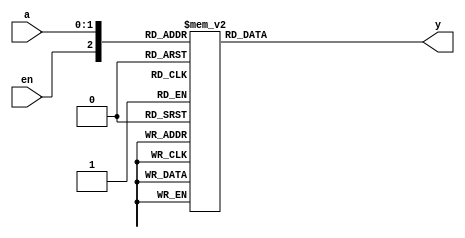
//Listing 3.6
//Chapter 3
//Page 55
//Copyright 2008

module decoder_2_4_case
    (
     input wire [1:0] a,
     input wire en,
     output reg [3:0] y
    );
    
    always @*
        case({en,a})
            3'b000, 3'b001, 3'b010, 3'b011: y = 4'b0000;
            3'b100: y = 4'b0001;
            3'b101: y = 4'b0010;
            3'b110: y = 4'b0100;
            3'b111: y = 4'b1000;  // the default case can also be used
        endcase
        
endmodule // decoder_2_4_case